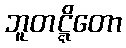
ဘူတဋ္ဋိတော